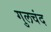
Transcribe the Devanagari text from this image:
गुलचंद